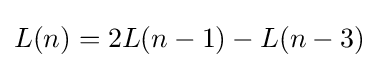
L(n)=2L(n-1)-L(n-3)